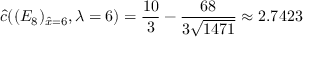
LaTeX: \hat { c } ( ( E _ { 8 } ) _ { \hat { x } = 6 } , \lambda = 6 ) = \frac { 1 0 } { 3 } - \frac { 6 8 } { 3 \sqrt { 1 4 7 1 } } \approx 2 . 7 4 2 3